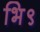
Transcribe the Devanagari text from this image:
भि९